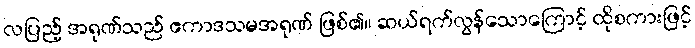
လပြည့် အရုဏ်သည် ဧကာဒသမအရုဏ် ဖြစ်၏။ ဆယ်ရက်လွန်သောကြောင့် ထိုစကားဖြင့်